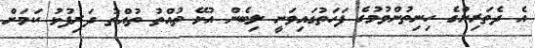
އެ ދެތަރިންގެ ހިނިތުންވުމުގެ ފަހަތުގައިވަނީ ލިބެން އުޅޭ ތުއްތު ތުއްތު ދަރިފުޅު ކަމަށް